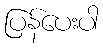
ပြန်ပေးပါ